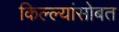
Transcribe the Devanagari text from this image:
किल्ल्यांसोबत